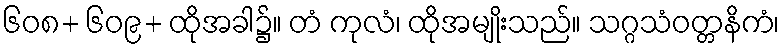
၆၀၈+ ၆၀၉+ ထိုအခါ၌။ တံ ကုလံ၊ ထိုအမျိုးသည်။ သဂ္ဂသံဝတ္တနိကံ၊